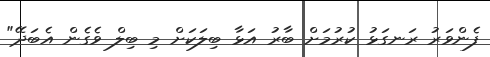
ފެންވަރު ރަނގަޅު ކުރުމަށް ބާރު އަޅާ ބިލަކަށް މި ބިލް ވެގެން އެބަދޭ"